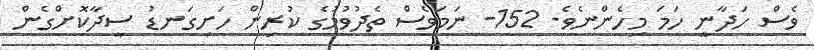
ވެސް ހަދާނީ ހަމަ މިހެންނެވެ. 152- ނަމަވެސް ތެދުވުމުގެ ކުރިން ހަށިގަނޑު ސީދާކޮށްގެން